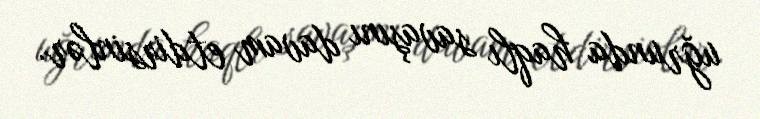
uğrunda haqlı savaşını davam etdirsinlər.